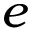
e